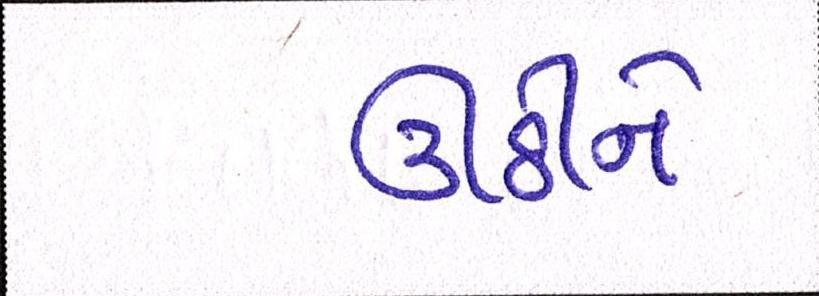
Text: ઊઠીને